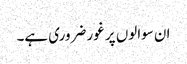
ان سوالوں پر غور ضروری ہے۔